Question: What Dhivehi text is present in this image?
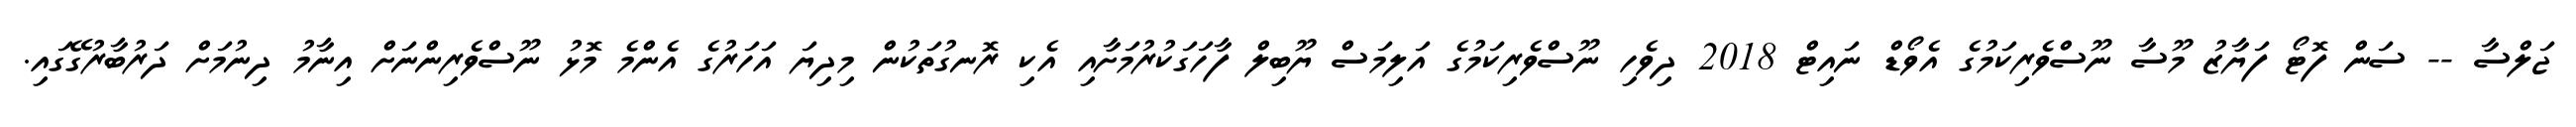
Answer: ޖަލްސާ -- ސަން ފޮޓޯ ފަޔާޒު މޫސާ ނޫސްވެރިކަމުގެ އެވޯޑް ނައިޓް 2018 ދިވެހި ނޫސްވެރިކަމުގެ އަލިމަސް ޔޫބިލް ފާހަގަކުރުމަށާއި އެކި ރޮނގުތަކުން މިދިޔަ އަހަރުގެ އެންމެ މޮޅު ނޫސްވެރިންނަށް އިނާމު ދިނުމަށް ދަރުބާރުގޭގައި.